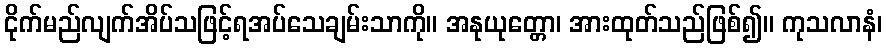
ငိုက်မည်လျက်အိပ်သဖြင့်ရအပ်သေချမ်းသာကို။ အနုယုတ္တော၊ အားထုတ်သည်ဖြစ်၍။ ကုသလာနံ၊